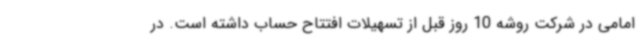
امامی در شرکت روشه 10 روز قبل از تسهیلات افتتاح حساب داشته است. در